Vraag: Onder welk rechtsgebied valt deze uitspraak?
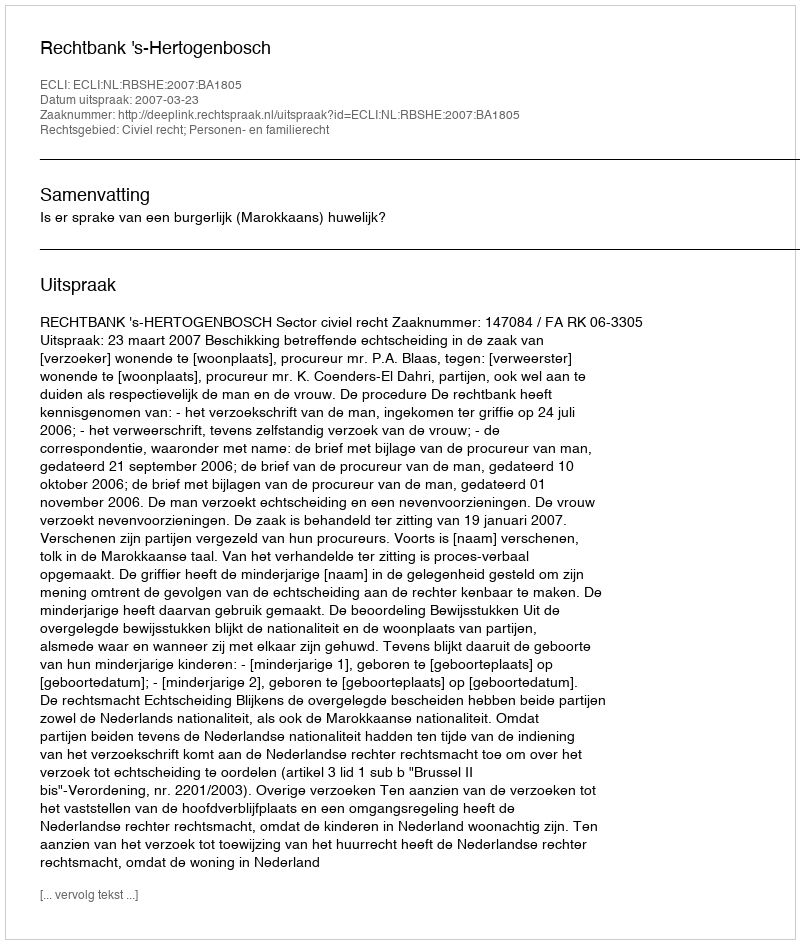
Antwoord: Civiel recht; Personen- en familierecht